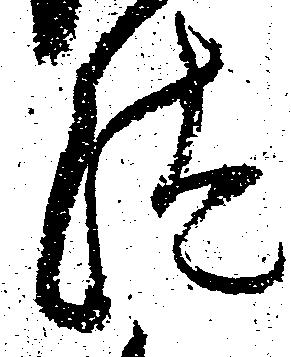
汰